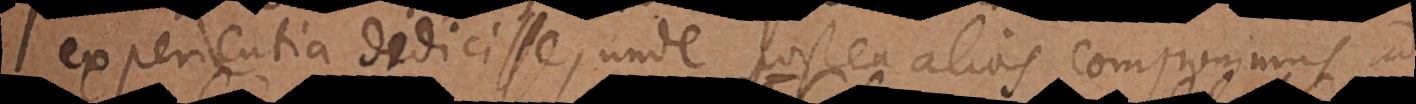
experientia didicisse, unde postea alias componimus ad